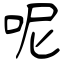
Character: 呢